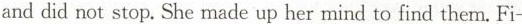
and did not stop. She made up her mind to find them. Fi-